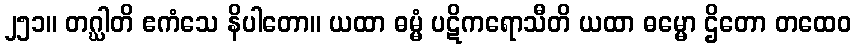
၂၅၁။ တဂ္ဃါတိ ဧကံသေ နိပါတော။ ယထာ ဓမ္မံ ပဋိကရောသီတိ ယထာ ဓမ္မော ဌိတော တထေဝ